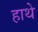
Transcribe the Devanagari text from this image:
हाथे